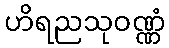
ဟိရညသုဝဏ္ဏံ